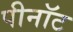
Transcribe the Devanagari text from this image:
पीनॉट